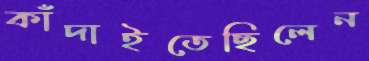
কাঁদাইতেছিলেন